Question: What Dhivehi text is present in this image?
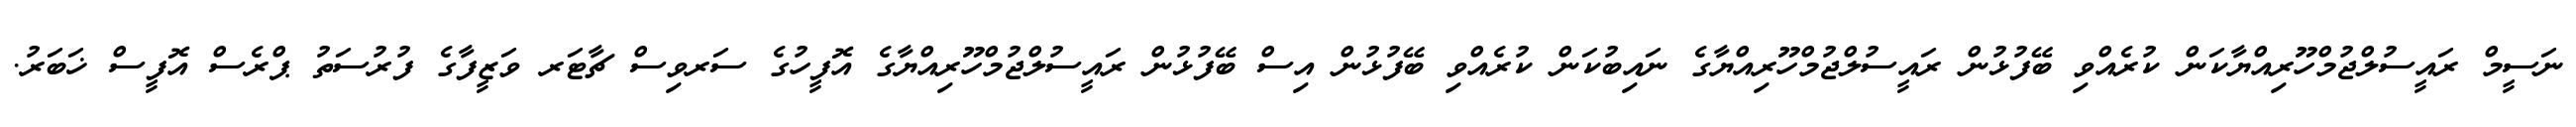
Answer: ނަސީމް ރައީސުލްޖުމްހޫރިއްޔާކަން ކުރެއްވި ބޭފުޅުން ރައީސުލްޖުމްހޫރިއްޔާގެ ނައިބުކަން ކުރެއްވި ބޭފުޅުން އިސް ބޭފުޅުން ރައީސުލްޖުމްހޫރިއްޔާގެ އޮފީހުގެ ސަރވިސް ޗާޓަރ ވަޒީފާގެ ފުރުސަތު ޕްރެސް އޮފީސް ޚަބަރު.